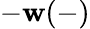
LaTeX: -\mathbf{w}(-)